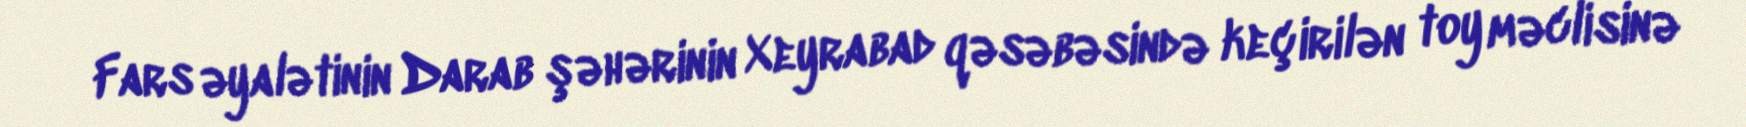
Fars əyalətinin Darab şəhərinin Xeyrabad qəsəbəsində keçirilən toy məclisinə